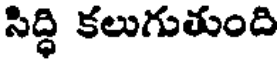
సిద్ధి కలుగుతుంది